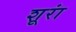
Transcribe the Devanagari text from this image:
शूरां